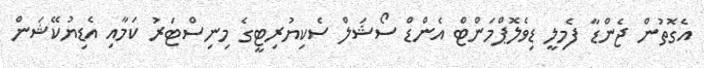
އެގޮތުން ޖެންޑާ ފެމިލީ ޑިވެލޮޕްމަންޓް އެންޑް ސޯޝަލް ސެކިޔުރިޓީގެ މިނިސްޓަރު ކަމާއި އެޑިޔުކޭޝަން